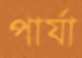
পার্যা